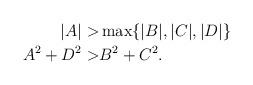
LaTeX: \begin{align*}|A| > & \max \{|B|,|C|, |D| \} \\A^2 + D^2 > & B^2+C^2.\end{align*}